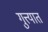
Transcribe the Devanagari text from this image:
गुत्त्यात